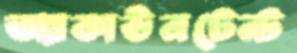
অ্যাকাউনটেন্ট